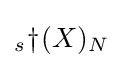
{}_{s}\!\dagger \!(X)_{N}